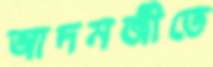
আদমজীতে